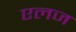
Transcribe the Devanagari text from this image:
एलज